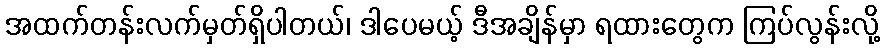
အထက်တန်းလက်မှတ်ရှိပါတယ်၊ ဒါပေမယ့် ဒီအချိန်မှာ ရထားတွေက ကြပ်လွန်းလို့